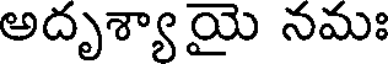
అదృశ్యాయై నమః